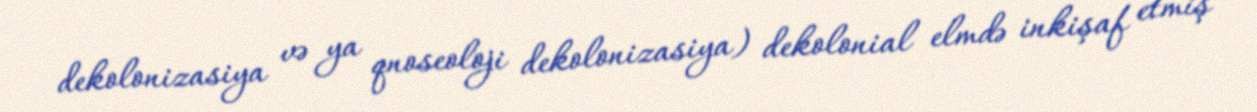
dekolonizasiya və ya qnoseoloji dekolonizasiya) dekolonial elmdə inkişaf etmiş